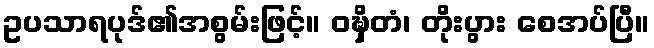
ဥပသာရပုဒ်၏အစွမ်းဖြင့်။ ဝဍ္ဎှိတံ၊ တိုးပွား စေအပ်ပြီ။